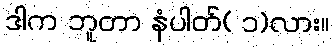
ဒါက ဘူတာ နံပါတ်( ၁)လား။